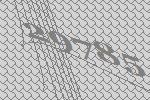
29785